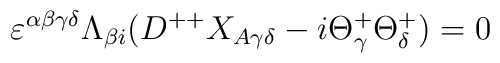
\varepsilon^{\alpha\beta\gamma\delta}\Lambda_{\beta{i}}(D^{++}X_{A\gamma\delta}-i\Theta^{+}_{\gamma}\Theta^{+}_{\delta})=0